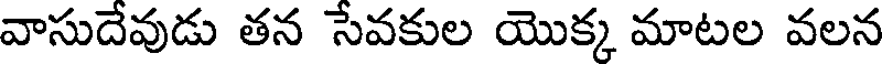
వాసుదేవుడు తన సేవకుల యొక్క మాటల వలన